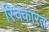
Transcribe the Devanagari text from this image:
स्विकारत